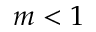
m < 1